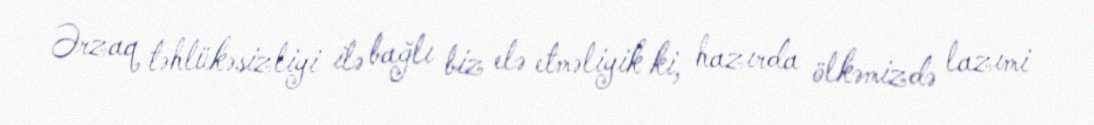
Ərzaq təhlükəsizliyi ilə bağlı biz elə etməliyik ki, hazırda ölkəmizdə lazımi